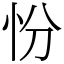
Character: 㤋